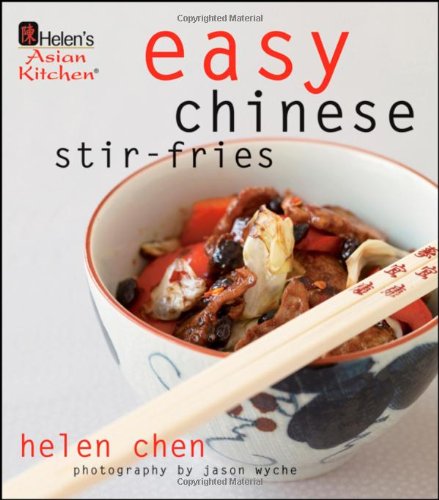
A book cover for Helen's Asian Kitchen: Easy Chinese Stir-Fries; Helen Chen; Cookbooks, Food & Wine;